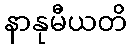
နာနုမီယတိ